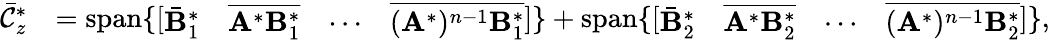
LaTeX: \begin{array}{rl}{\bar{\mathcal{C}}_{z}^{*}}&{=\operatorname{span}\{ [\begin{array}{llll}{\bar{\mathbf{B}}_{1}^{*}}&{\overline{{\mathbf{A}^{*}\mathbf{B}_{1}^{*}}}}&{\cdots}&{\overline{{(\mathbf{A}^{*})^{n-1}\mathbf{B}_{1}^{*}}}}\end{array}]\} +\operatorname{span}\{ [\begin{array}{llll}{\bar{\mathbf{B}}_{2}^{*}}&{\overline{{\mathbf{A}^{*}\mathbf{B}_{2}^{*}}}}&{\cdots}&{\overline{{(\mathbf{A}^{*})^{n-1}\mathbf{B}_{2}^{*}}}}\end{array}]\} ,}\end{array}